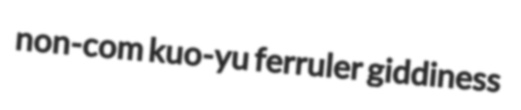
non-com kuo-yu ferruler giddiness